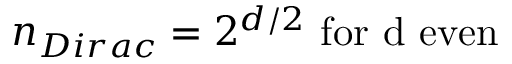
n _ { D i r a c } = 2 ^ { d / 2 } \mathrm { ~ f o r ~ d ~ e v e n }